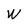
Character: W